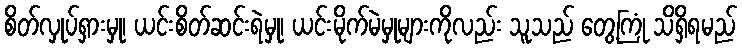
စိတ်လှုပ်ရှားမှု၊ ယင်းစိတ်ဆင်းရဲမှု၊ ယင်းမိုက်မဲမှုများကိုလည်း သူသည် တွေ့ကြုံ သိရှိရမည်